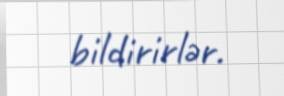
bildirirlər.